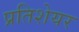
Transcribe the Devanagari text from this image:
प्रतिशेयर